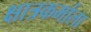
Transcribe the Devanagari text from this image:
क्षात्रकर्माला